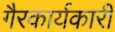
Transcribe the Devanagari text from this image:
गैरकार्यकारी